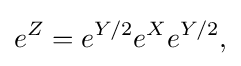
\displaystyle {e^{Z}=e^{Y/2}e^{X}e^{Y/2},}